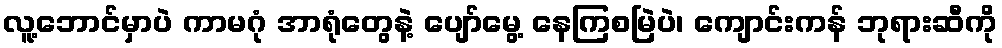
လူ့ဘောင်မှာပဲ ကာမဂုံ အာရုံတွေနဲ့ ပျော်မွေ့ နေကြစမြဲပဲ၊ ကျောင်းကန် ဘုရားဆီကို